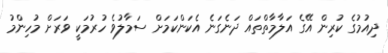
ދިއުމުގެ ކުރިން އޭގެ އަލާމާތްތައް ދަނެގަނެ އެކަންކަމަށް ސަމާލުވެ ހުރުމަކީ ވަރަށް މުހިންމު